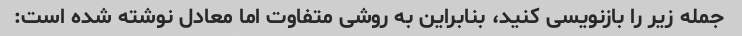
جمله زیر را بازنویسی کنید، بنابراین به روشی متفاوت اما معادل نوشته شده است: